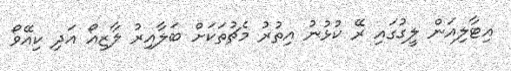
އިޓާލިއަން ލީގުގައި ރޭ ކުޅުނު އިތުރު މެޗުތަކަށް ބަލާއިރު ލާޒިއޯ އަދި ކިއޭވޯ